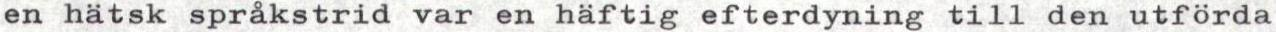
en hätsk språkstrid var en häftig efterdyning till den utförda